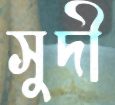
সুদী